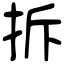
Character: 拆